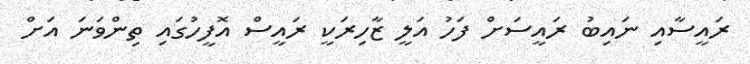
ރައީސާއި ނައިބު ރައީސަށް ފަހު އަލީ ޒާހިރަކީ ރައީސް އޮފީހުގައި ތިންވަނަ އަށް